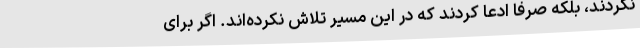
نکردند، بلکه صرفاً ادعا کردند که در این مسیر تلاش نکرده‌اند. اگر برای